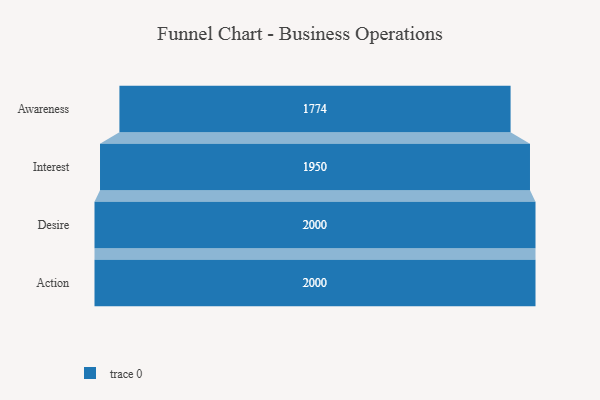
{"axis": {"x": "Stage", "y": "Value"}, "legend": [""], "data": [{"x": "Awareness", "y": 1774.0, "type": ""}, {"x": "Interest", "y": 1950.0, "type": ""}, {"x": "Desire", "y": 2000, "type": ""}, {"x": "Action", "y": 2000, "type": ""}]}